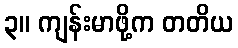
၃။ ကျန်းမာဖို့က တတိယ